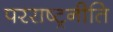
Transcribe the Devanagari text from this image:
परराष्ट्रनीति